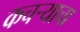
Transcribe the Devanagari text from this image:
कचऱ्याचा